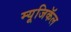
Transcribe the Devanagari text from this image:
म्यूजिकॅल